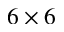
6 \times 6